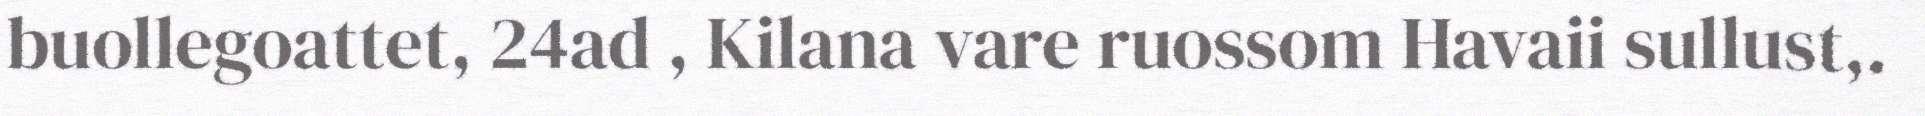
buollegoattet, 24ad , Kilana vare ruossom Havaii sullust,.